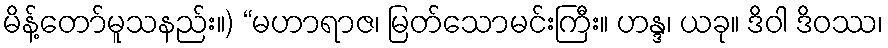
မိန့်တော်မူသနည်း။) “မဟာရာဇ၊ မြတ်သောမင်းကြီး။ ဟန္ဒ၊ ယခု။ ဒိဝါ ဒိဝဿ၊